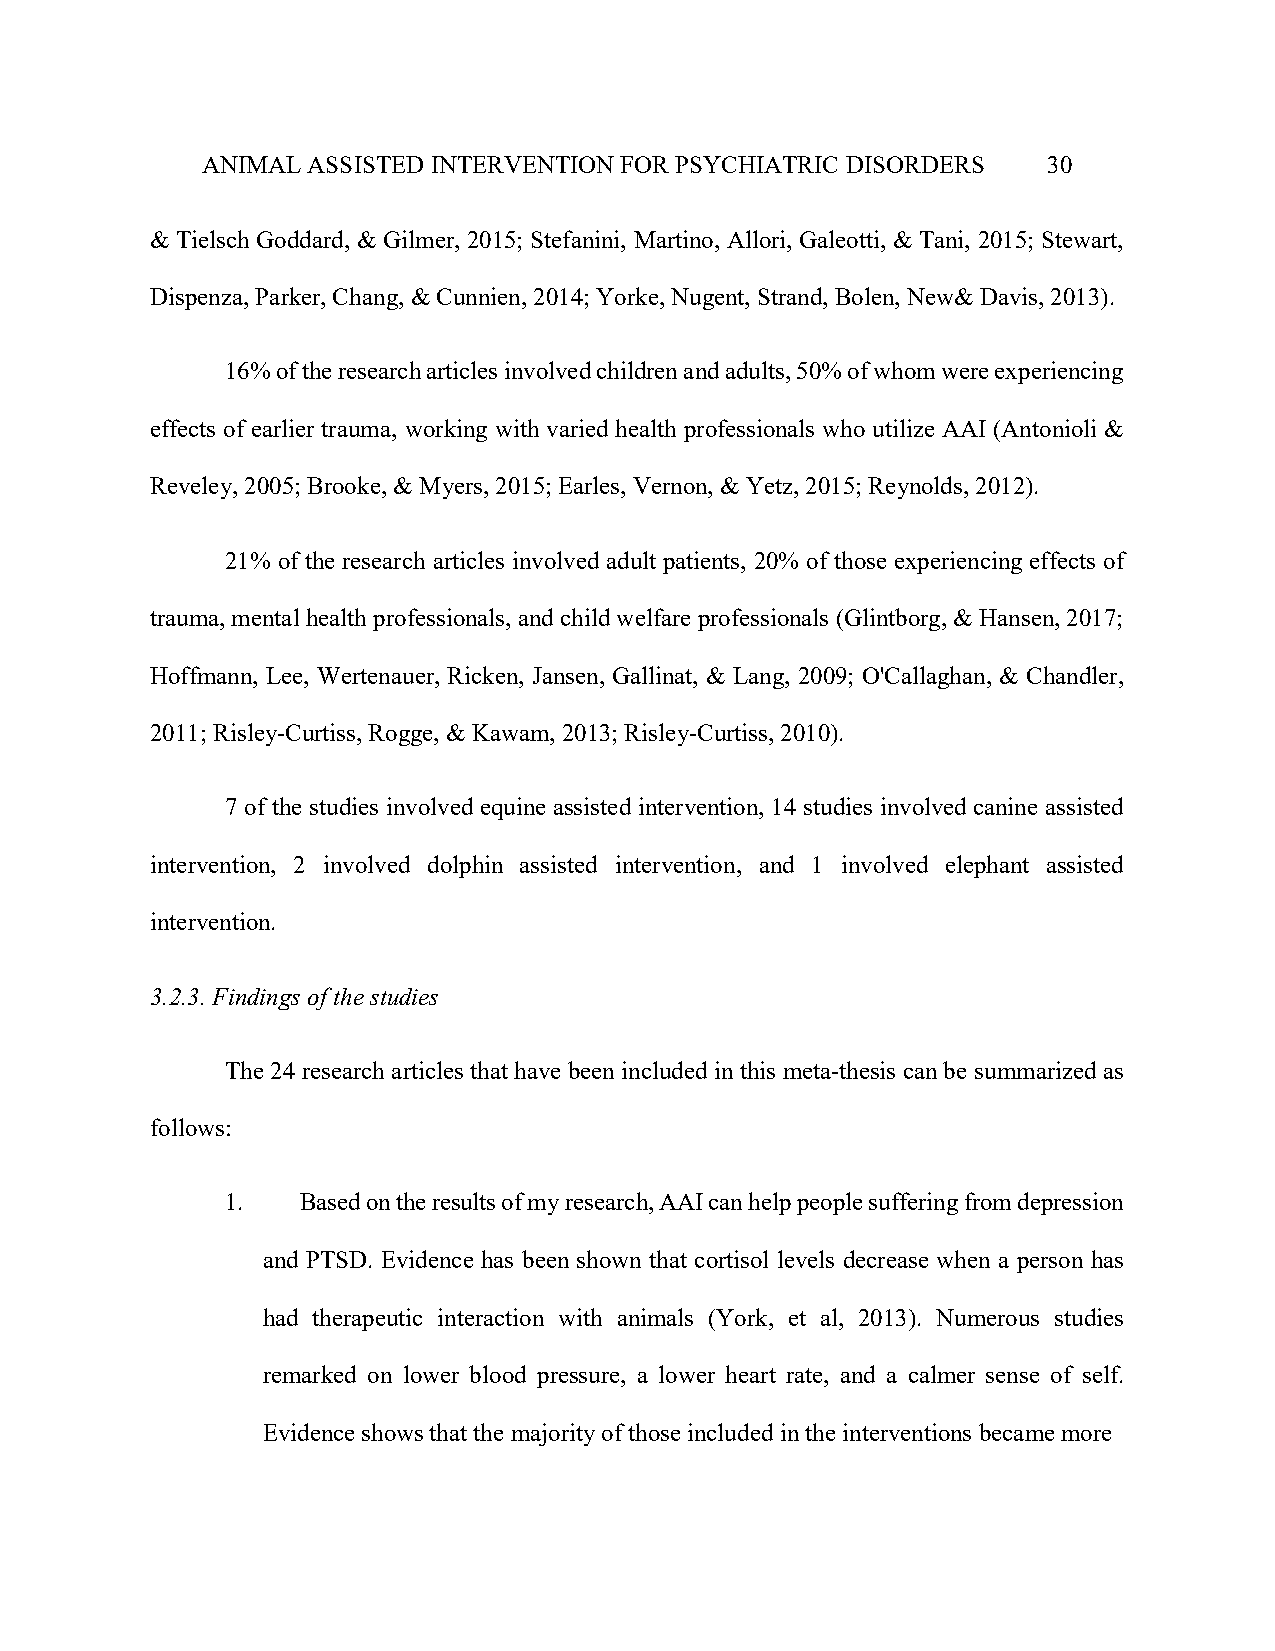
ANIMAL ASSISTED INTERVENTION FOR PSYCHIATRIC DISORDERS  30
 & Tielsch Goddard, & Gilmer, 2015; Stefanini, Martino, Allori, Galeotti, & Tani, 2015; Stewart,
 Dispenza, Parker, Chang, & Cunnien, 2014; Yorke, Nugent, Strand, Bolen, New& Davis, 2013).
 16% of the research articles involved children and adults, 50% of whom were experiencing
 effects of earlier trauma, working with varied health professionals who utilize AAI (Antonioli &
 Reveley, 2005; Brooke, & Myers, 2015; Earles, Vernon, & Yetz, 2015; Reynolds, 2012).
 21% of the research articles involved adult patients, 20% of those experiencing effects of
 trauma, mental health professionals, and child welfare professionals (Glintborg, & Hansen, 2017;
 Hoffmann, Lee, Wertenauer, Ricken, Jansen, Gallinat, & Lang, 2009; O'Callaghan, & Chandler,
 2011; Risley-Curtiss, Rogge, & Kawam, 2013; Risley-Curtiss, 2010).
 7 of the studies involved equine assisted intervention, 14 studies involved canine assisted
 intervention, 2 involved dolphin assisted intervention, and 1 involved elephant assisted
 intervention.
 3.2.3. Findings of the studies
 The 24 research articles that have been included in this meta-thesis can be summarized as
 follows:
 1.   Based on the results of my research, AAI can help people suffering from depression
 and PTSD. Evidence has been shown that cortisol levels decrease when a person has
 had therapeutic interaction with animals (York, et al, 2013). Numerous studies
 remarked on lower blood pressure, a lower heart rate, and a calmer sense of self.
 Evidence shows that the majority of those included in the interventions became more